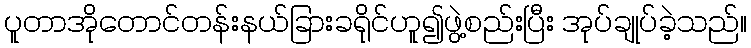
ပူတာအိုတောင်တန်းနယ်ခြားခရိုင်ဟူ၍ဖွဲ့စည်းပြီး အုပ်ချုပ်ခဲ့သည်။